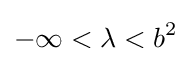
-\infty <\lambda <b^{2}